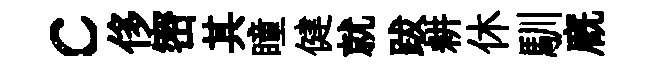
c侈密其瞳健就跋耕休馴廐